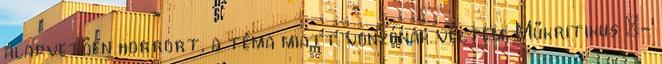
alapvetően horrort, a téma miatt vonzónak véltem. Műkritikus :-